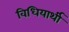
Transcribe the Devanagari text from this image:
विधियार्थी